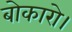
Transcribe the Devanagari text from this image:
बोकारो।